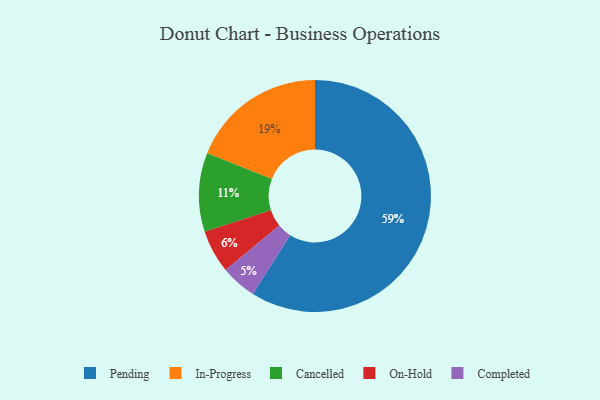
{"axis": {"x": "Category", "y": "Percentage"}, "legend": ["Cancelled", "Completed", "In-Progress", "On-Hold", "Pending"], "data": [{"x": "In-Progress", "y": 19, "type": "In-Progress"}, {"x": "Completed", "y": 5, "type": "Completed"}, {"x": "On-Hold", "y": 6, "type": "On-Hold"}, {"x": "Pending", "y": 59, "type": "Pending"}, {"x": "Cancelled", "y": 11, "type": "Cancelled"}]}